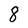
Character: 8